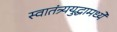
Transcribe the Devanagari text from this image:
स्वातंत्र्ययुद्धामध्ये